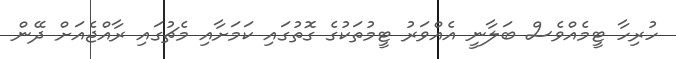
ހުރިހާ ޓީމެއްވެސް ބަލާނީ އެއްވަރު ޓީމުތަކުގެ ގޮތުގައި ކަމަށާއި މެޗުގައި ރާއްޖެއަށް ދޭން